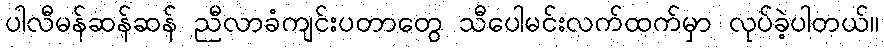
ပါလီမန်ဆန်ဆန် ညီလာခံကျင်းပတာတွေ သီပေါမင်းလက်ထက်မှာ လုပ်ခဲ့ပါတယ်။